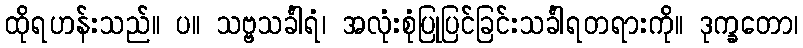
ထိုရဟန်းသည်။ ပ။ သဗ္ဗသင်္ခါရံ၊ အလုံးစုံပြုပြင်ခြင်းသင်္ခါရတရားကို။ ဒုက္ခတော၊